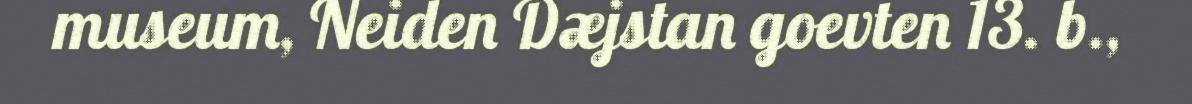
museum, Neiden Dæjstan goevten 13. b.,